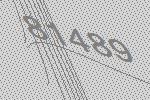
81489